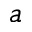
^ { a }